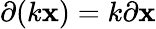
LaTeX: \partial(k\mathbf{x})=k\partial\mathbf{x}